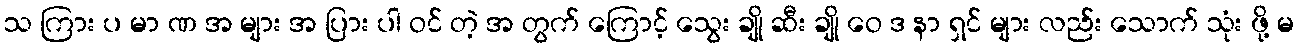
သ ကြား ပ မာ ဏ အ များ အ ပြား ပါ ဝင် တဲ့ အ တွက် ကြောင့် သွေး ချို ဆီး ချို ဝေ ဒ နာ ရှင် များ လည်း သောက် သုံး ဖို့ မ